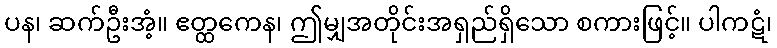
ပန၊ ဆက်ဦးအံ့။ ဧတ္ထကေန၊ ဤမျှအတိုင်းအရှည်ရှိသော စကားဖြင့်။ ပါကဋံ၊